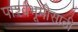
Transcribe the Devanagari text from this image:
पार्श्वभूमीसाठी